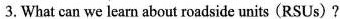
3. What can we learn about roadside units(RSUs)?